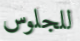
للجلوس